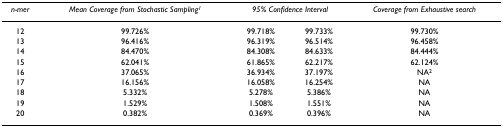
<table><thead><tr><td><b><i>n-mer</i></b></td><td><b><i>Mean Coverage from Stochastic Sampling</i><sup><i>1</i></sup></b></td><td colspan="2"><b><i>95% Confidence Interval</i></b></td><td><b><i>Coverage from Exhaustive search</i></b></td></tr></thead><tbody><tr><td>12</td><td>99.726%</td><td>99.718%</td><td>99.733%</td><td>99.730%</td></tr><tr><td>13</td><td>96.416%</td><td>96.319%</td><td>96.514%</td><td>96.458%</td></tr><tr><td>14</td><td>84.470%</td><td>84.308%</td><td>84.633%</td><td>84.444%</td></tr><tr><td>15</td><td>62.041%</td><td>61.865%</td><td>62.217%</td><td>62.124%</td></tr><tr><td>16</td><td>37.065%</td><td>36.934%</td><td>37.197%</td><td>NA<sup>2</sup></td></tr><tr><td>17</td><td>16.156%</td><td>16.058%</td><td>16.254%</td><td>NA</td></tr><tr><td>18</td><td>5.332%</td><td>5.278%</td><td>5.386%</td><td>NA</td></tr><tr><td>19</td><td>1.529%</td><td>1.508%</td><td>1.551%</td><td>NA</td></tr><tr><td>20</td><td>0.382%</td><td>0.369%</td><td>0.396%</td><td>NA</td></tr></tbody></table>